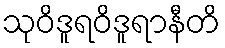
သုဝိဒူရဝိဒူရာနီတိ